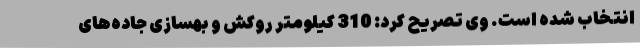
انتخاب شده است. وی تصریح کرد: 310 کیلومتر روکش و بهسازی جاده‌های